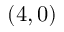
\left( 4 , 0 \right)